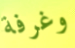
وغرفة